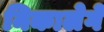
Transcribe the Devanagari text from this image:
निकालेगें